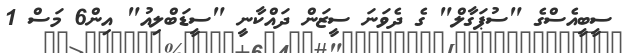
ސީބީއެސްގެ "ސުޕަގާލް" ގެ ދެވަނަ ސީޒަން ދައްކާނީ "ސީޑަބްލިއު" އިން6 މަސް 1